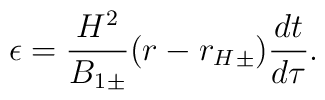
\epsilon=\frac{H^2}{{B_1}_\pm}(r-{r_H}_\pm)\frac{dt}{d\tau}.